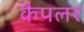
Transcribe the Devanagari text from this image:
कैपलर